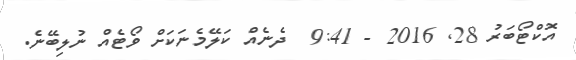
އޮކްޓޯބަރު 28